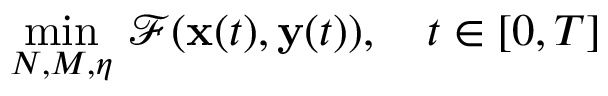
\operatorname* { m i n } _ { N , M , \eta } \, \mathcal { F } ( \mathbf { x } ( t ) , \mathbf { y } ( t ) ) , \quad t \in [ 0 , T ]